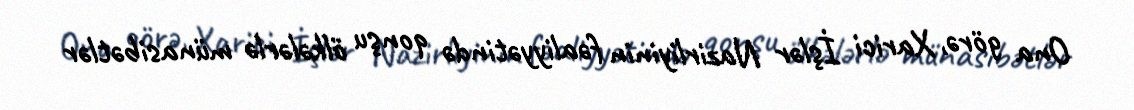
Ona görə, Xarici İşlər Nazirliyinin fəaliyyətində qonşu ölkələrlə münasibətlər